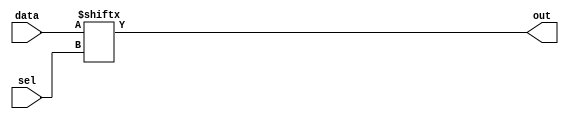
module mux16x1(out,sel,data);

input [15:0] data;
input [3:0] sel;
output  out;

assign out = data[sel];

endmodule